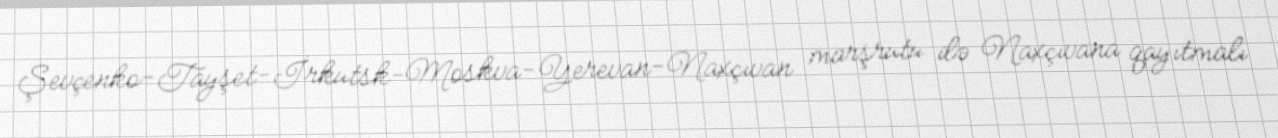
Şevçenko-Tayşet-İrkutsk-Moskva-Yerevan-Naxçıvan marşrutu ilə Naxçıvana qayıtmalı